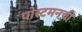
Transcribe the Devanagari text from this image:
पोस्टमनची